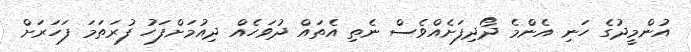
އުންމީދުގެ ހަނި އެންމެ ދޯދިފަށެއްވެސް ނެތި އެތައް ދުވަހެއް ދިއުމަށްފަހު ފުރަތަމަ ފަހަރަށް